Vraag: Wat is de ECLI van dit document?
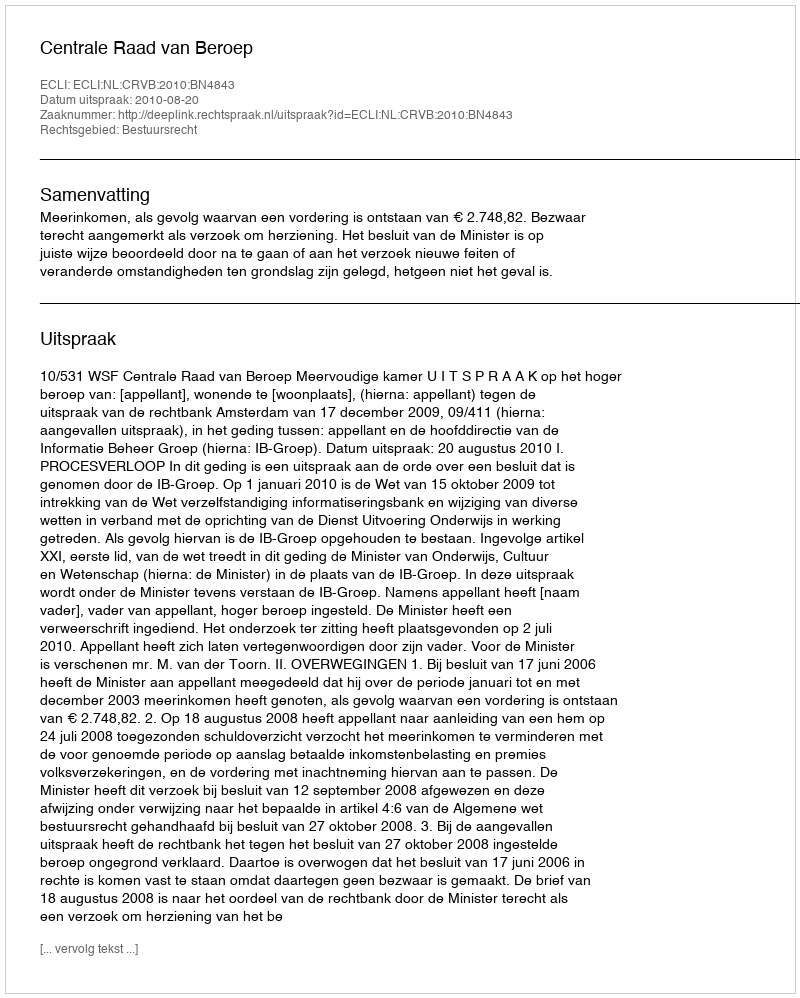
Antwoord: ECLI:NL:CRVB:2010:BN4843